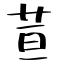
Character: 荁